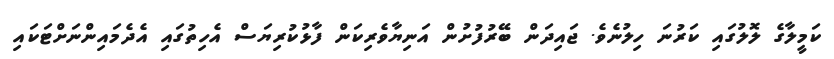
ކަމީލާގެ ލޮލުގައި ކަރުނަ ހިލުނެވެ. ޖައިދަން ބޭރުފުށުން އަނިޔާވެރިކަން ފާޅުކުރިޔަސް އެހިތުގައި އެދެމައިންނަށްޓަކައި